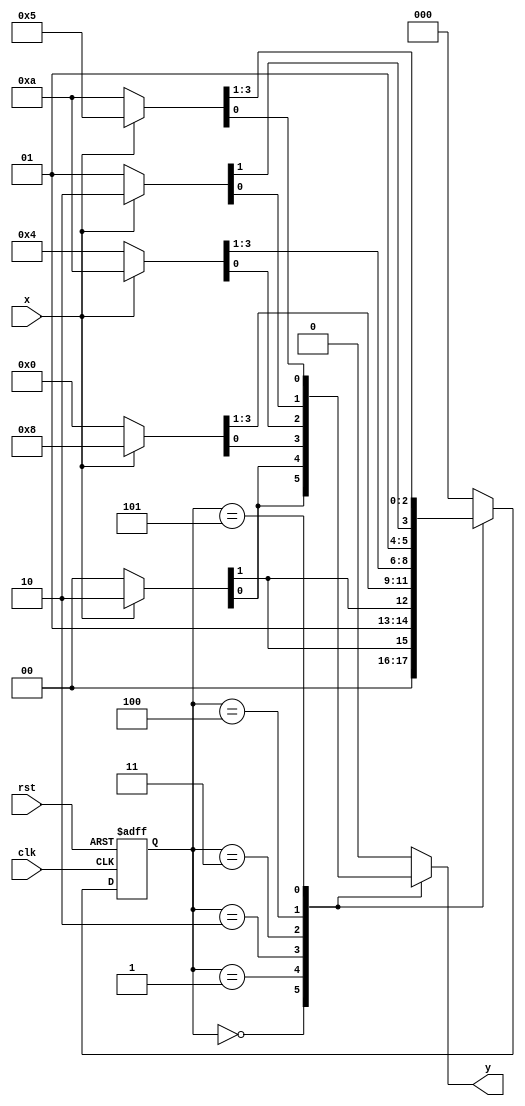
module pattern_1X10
(input clk,rst,x,
output reg y);

reg [2:0]ps,ns;
parameter gN = 3'b000,
		g1 = 3'b001,
		g10 = 3'b010,
		g11 = 3'b011,
		g101 = 3'b100,
		g111 = 3'b101;

always @(posedge clk, negedge rst)
begin
	if(!rst)
		ps <= gN;
	else
		ps <= ns;
end

always @(x,ps)
begin
	case(ps)
		gN : begin
				if(x)
					{ns,y} = {g1,1'b0};
				else
					{ns,y} = {gN,1'b0};
			 end
		g1 : begin
				if(x)
					{ns,y} = {g11,1'b0};
				else
					{ns,y} = {g10,1'b0};
			 end
		g10 : begin
				if(x)
					{ns,y} = {g101,1'b0};
				else
					{ns,y} = {gN,1'b0};
			 end
		g11 : begin
				if(x)
					{ns,y} = {g111,1'b0};
				else
					{ns,y} = {g10,1'b0};
			 end
		g101 : begin
				if(x)
					{ns,y} = {g11,1'b0};
				else
					{ns,y} = {g10,1'b1};
			 end
		g111 : begin
				if(x)
					{ns,y} = {g10,1'b1};
				else
					{ns,y} = {g111,1'b0};
			 end
		default : {ns,y} = {gN,1'b0};
	endcase
end

endmodule